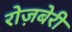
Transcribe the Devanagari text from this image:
रोज़बेरी